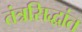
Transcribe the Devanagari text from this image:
तंत्रसिद्धांत